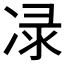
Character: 𭂕